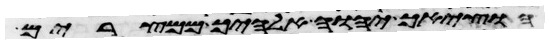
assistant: הוציאך יהוה אלהיך ממצרים